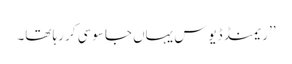
’’ریمنڈ ڈیوس یہاں جاسوسی کر رہا تھا۔